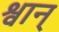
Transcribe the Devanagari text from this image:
श्वान्